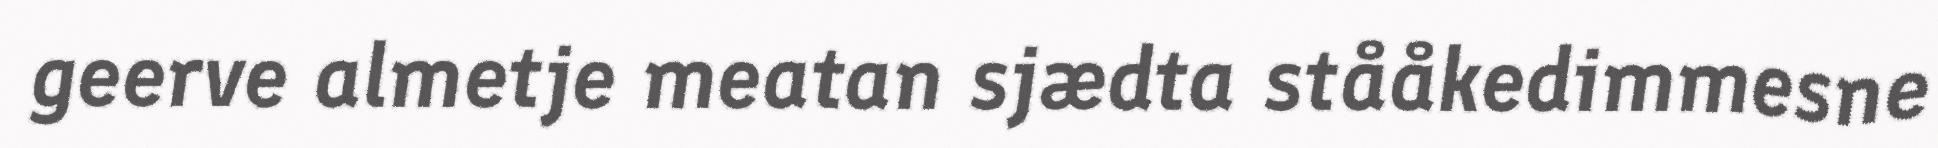
geerve almetje meatan sjædta stååkedimmesne